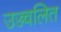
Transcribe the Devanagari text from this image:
उज्ज्वलित